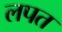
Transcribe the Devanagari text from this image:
लपत